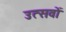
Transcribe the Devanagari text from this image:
उत्सवों